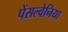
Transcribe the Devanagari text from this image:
पेंसल्वेनिया